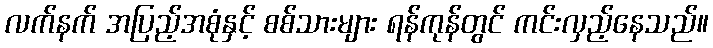
လက်နက် အပြည့်အစုံနှင့် စစ်သားများ ရန်ကုန်တွင် ကင်းလှည့်နေသည်။